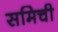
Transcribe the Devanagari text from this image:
समिची